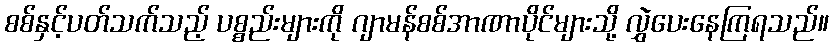
စစ်နှင့်ပတ်သက်သည့် ပစ္စည်းများကို ဂျာမန်စစ်အာဏာပိုင်များသို့ လွှဲပေးနေကြရသည်။